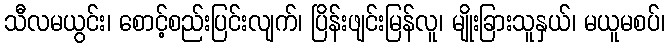
သီလမယွင်း၊ စောင့်စည်းပြင်းလျက်၊ ပြိန်းဖျင်းမြန်လူ၊ မျိုးခြားသူနှယ်၊ မယူမစပ်၊